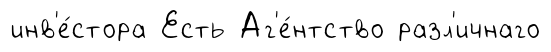
инв'е́стора Есть Аг'е́нтство разл'ичнаго